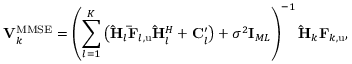
\mathbf { V } _ { k } ^ { \mathrm { M M S E } } = \left( \sum _ { l = 1 } ^ { K } { \left( \mathbf { \hat { H } } _ { l } \mathbf { \bar { F } } _ { l , \mathrm { u } } \mathbf { \hat { H } } _ { l } ^ { H } + \mathbf { C } _ { l } ^ { \prime } \right) } + \sigma ^ { 2 } \mathbf { I } _ { M L } \right) ^ { - 1 } \mathbf { \hat { H } } _ { k } \mathbf { F } _ { k , \mathrm { u } } ,